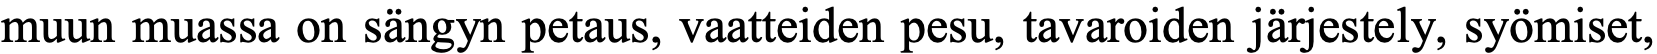
muun muassa on sängyn petaus, vaatteiden pesu, tavaroiden järjestely, syömiset,